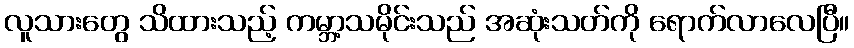
လူသားတွေ သိထားသည့် ကမ္ဘာ့သမိုင်းသည် အဆုံးသတ်ကို ရောက်လာလေပြီ။